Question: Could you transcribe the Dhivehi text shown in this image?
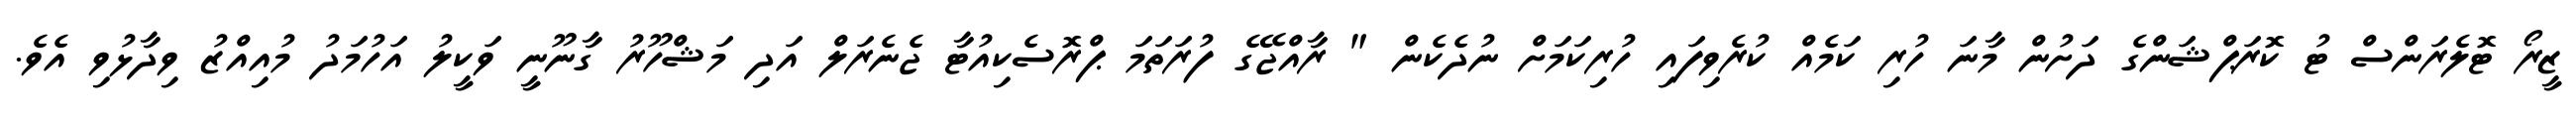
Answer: ޒީރޯ ޓޮލެރަންސް ޓު ކޮރަޕްޝަންގެ ދަށުން މާނަ ހުރި ކަމެއް ކުރެވިފައި ހުރިކަމަށް ނުދެކެން " ރާއްޖޭގެ ފުރަތަމަ ޕްރޮސެކިއުޓާ ޖެނެރަލް އަދި މަޝްހޫރު ގާނޫނީ ވަކީލު އަހުމަދު މުއިއްޒު ވިދާޅުވި އެވެ.